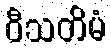
ဝီသတိမံ